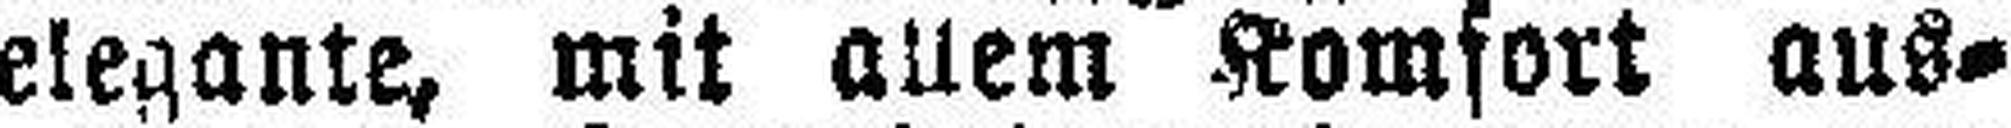
elegante, mit allem Komfort aus¬